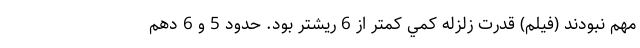
مهم نبودند (فیلم) قدرت زلزله كمي كمتر از 6 ريشتر بود. حدود 5 و 6 دهم